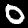
Digit: 0